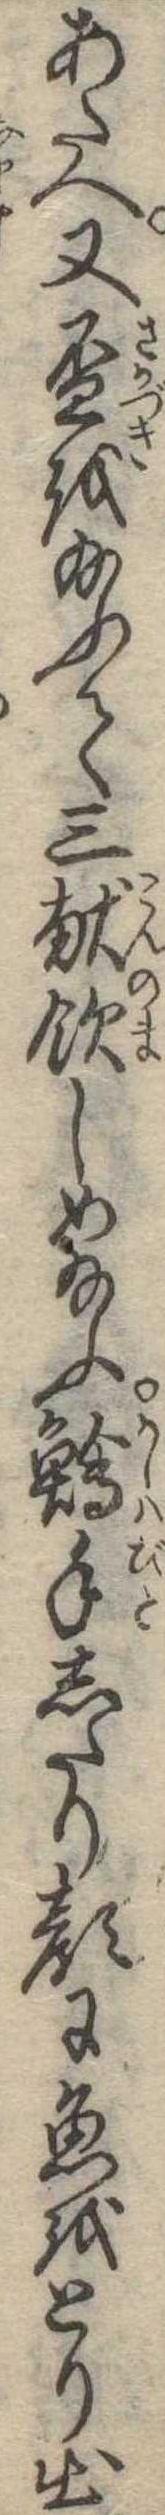
あたへ又杯を給ふて三献飲しめ給ふ鱠手したり顔に魚とり出